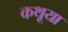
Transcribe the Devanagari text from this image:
कथूया